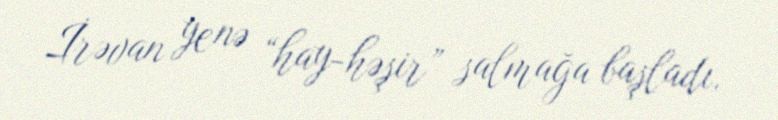
İrəvan yenə “hay-həşir” salmağa başladı.